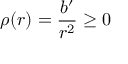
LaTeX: \rho ( r ) = \frac { b ^ { \prime } } { r ^ { 2 } } \ge 0